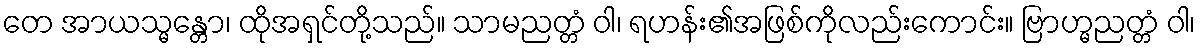
တေ အာယသ္မန္တော၊ ထိုအရှင်တို့သည်။ သာမညတ္တံ ဝါ၊ ရဟန်း၏အဖြစ်ကိုလည်းကောင်း။ ဗြာဟ္မညတ္တံ ဝါ၊